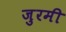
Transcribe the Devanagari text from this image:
जुरमी